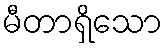
မီတာရှိသော